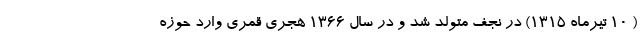
( 10 تیرماه 1315) در نجف متولد شد و در سال 1366 هجری قمری وارد حوزه